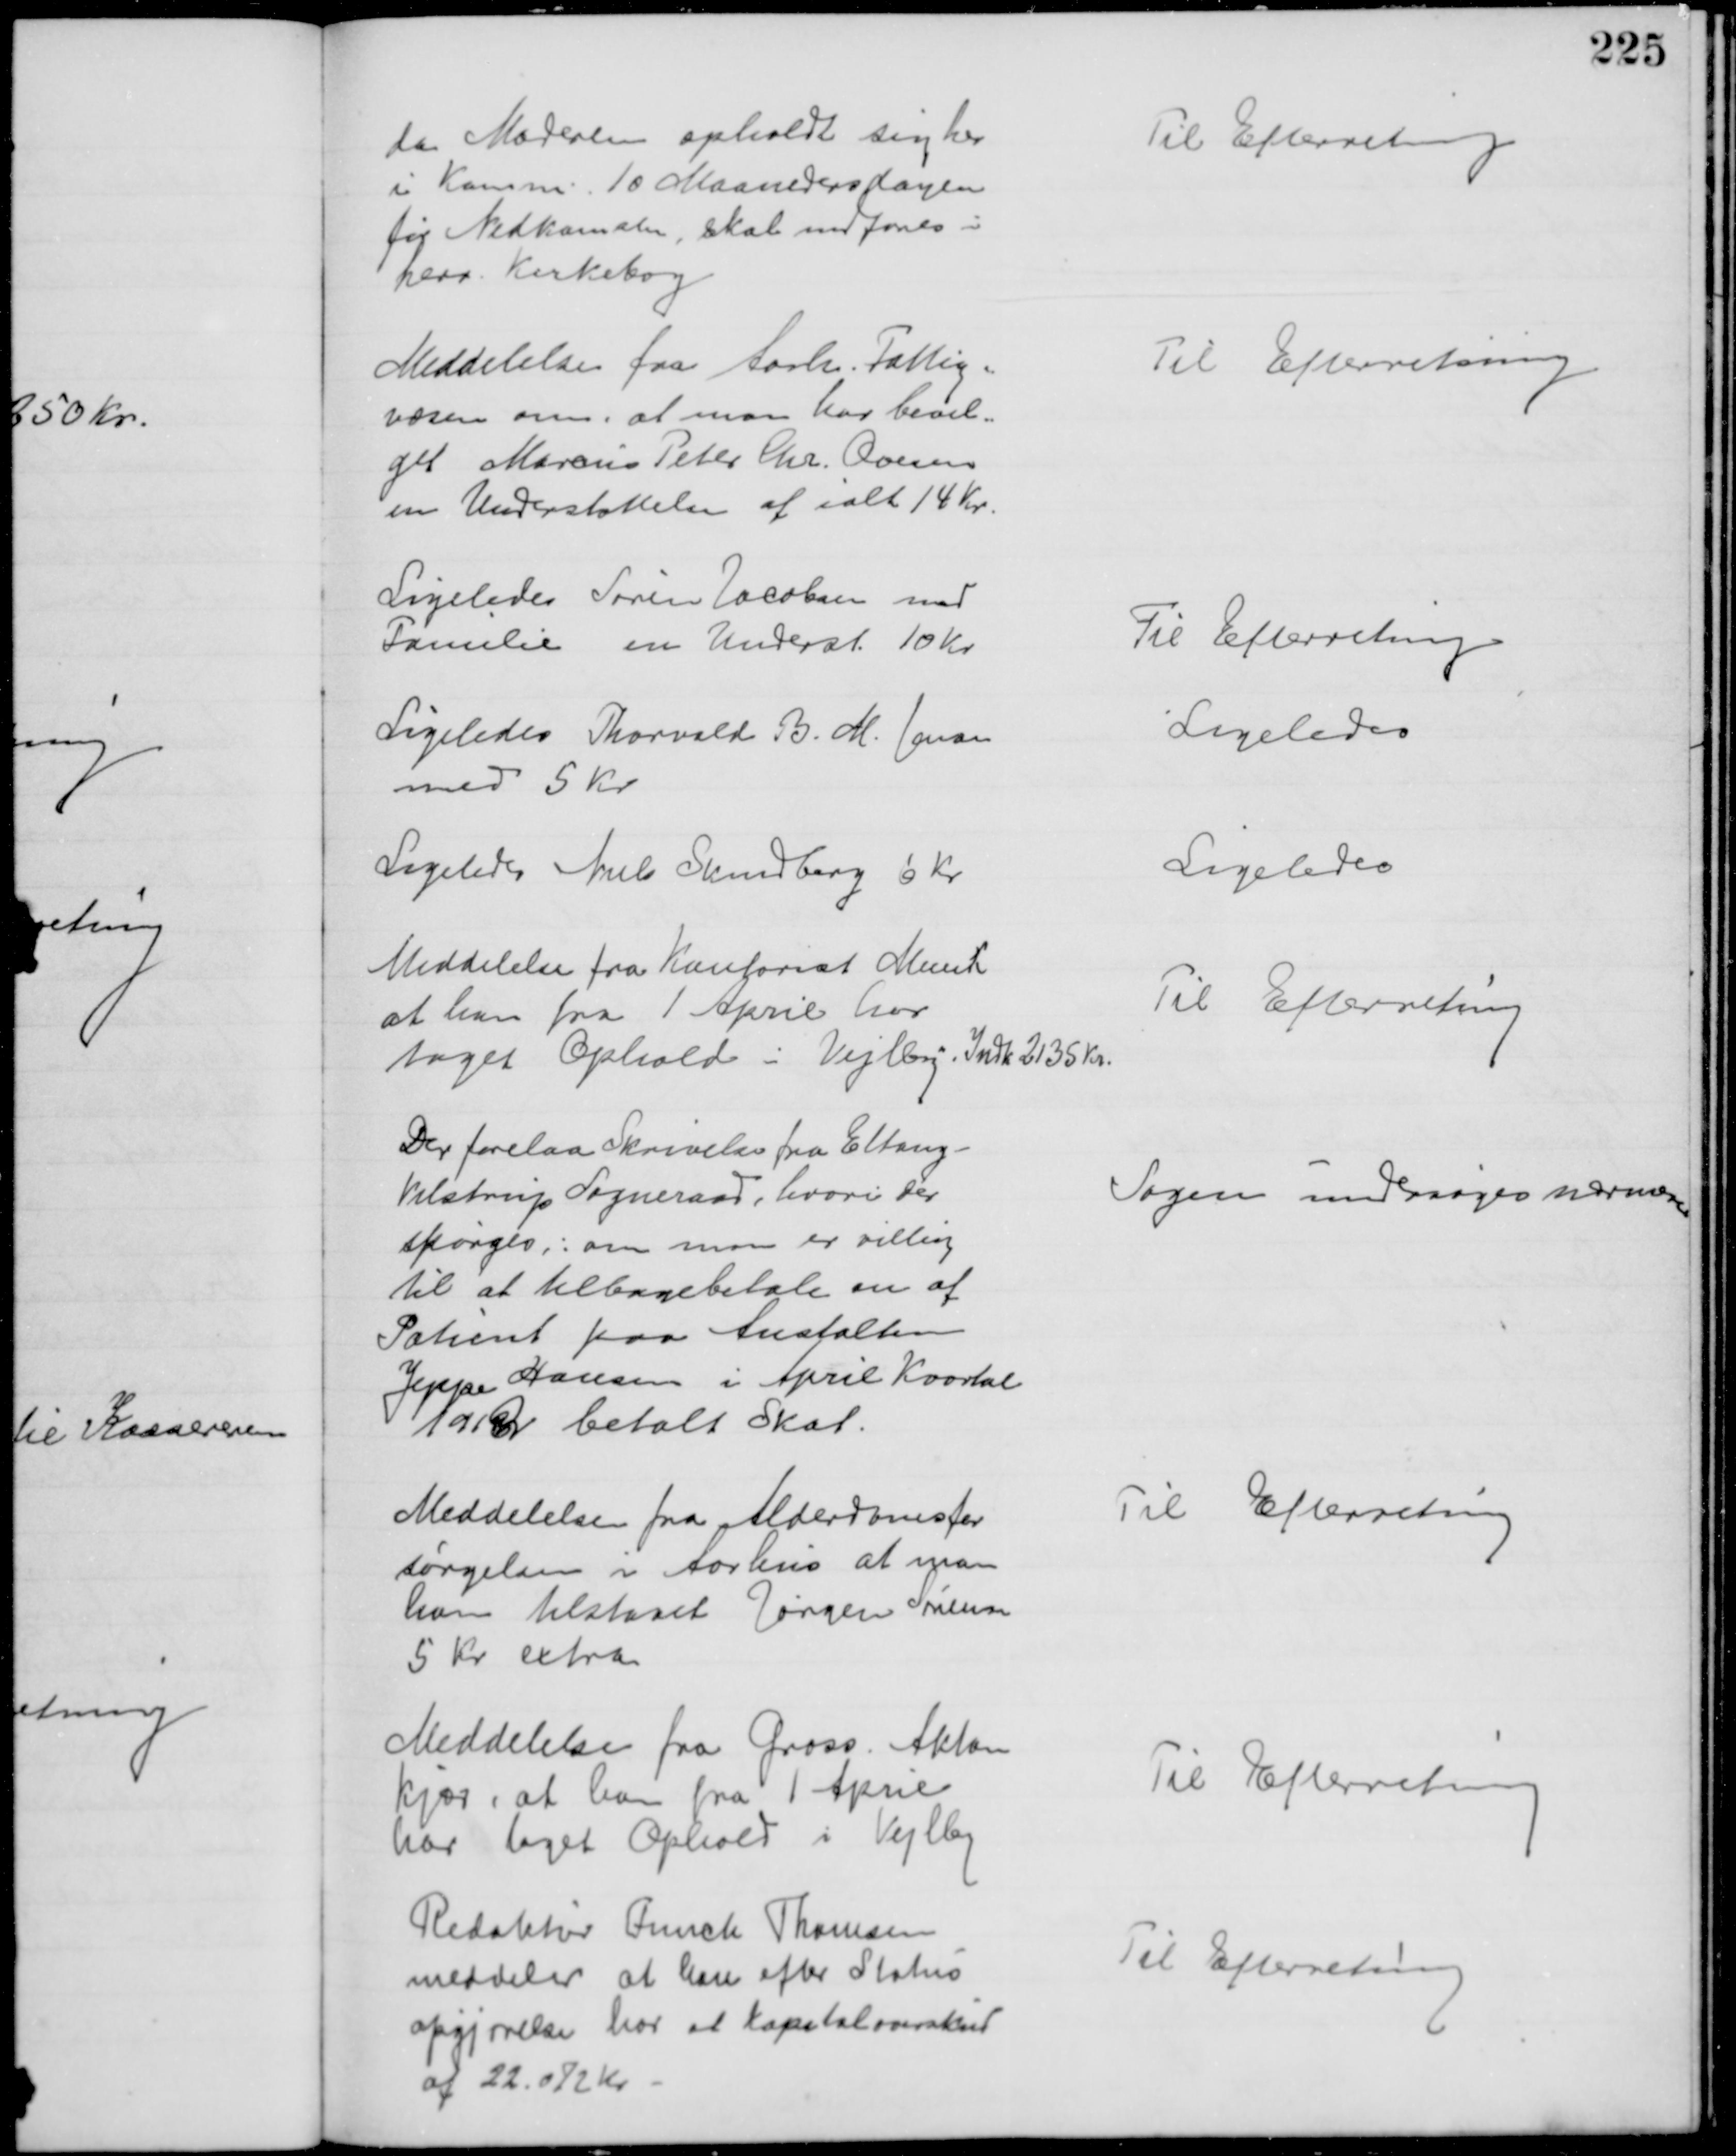
Transskription:
da Moderen opholdt sig her
i Komm. 10 Maanedersdagen
før Nedkomsten, skal indføres i
herv. Kirkebog
Til Efterretning
Meddelelse fra Aarh. Fattig=
væsen om, at man har bevil=
get Marcus Peter Chr. Ovesen
en Understøttelse af ialt 14 Kr.
Til Efterretning
Ligeledes Søren Jacobsen med
Familie en Underst 10 Kr
Til Efterretning
Ligeledes Thorvald B. M. Jensen
med 5 Kr.
Ligeledes
Ligeledes Niels Skindberg 6 Kr
Ligeledes
Meddelelse fra Kontorist Munch
at han fra 1 April har
taget Ophold i Vejlby. Indk 2135 Kr.
Til Efterretning
Der forelaa Skrivelse fra Eltang-
Vilstrup Sogneraad, hvori der 
spørges,: om man er villig
til at tilbagebetale en af
Patient paa Anstalten
Jeppe Hansen i April Kvartal
191 Ør betalt Skat.
Sagen undersøges nærmere
Meddelelse fra Alderdomsfor
sørgelsen i Aarhus at man 
har tilstaaet Jørgen Sørensen
5 Kr extra
Til Efterretning
Meddelelse fra Gross. Akton
Kjær, at han fra 1 April
har taget Ophold i Vejlby
Til Efterretning
Redaktør Funch Thomsen
meddeler at han efter Status
opgjørelsen har et Kapitaloverskud
af 22.072 Kr.
Til Efterretning